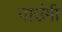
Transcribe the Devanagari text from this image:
पाउंगी